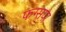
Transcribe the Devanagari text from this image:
फग्सपा